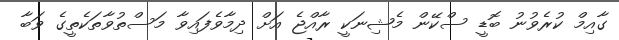
ގާއިމް ކުރެވުނު ބޮޑީ ސްކޭން މެޝިނަކީ ރާއްޖެ އަށް ދިމާވެފައިވާ މަސްތުވާތަކެތީގެ ވަބާ